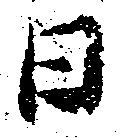
日